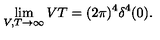
\lim _ { V , T \to \infty } V T = ( 2 \pi ) ^ { 4 } \delta ^ { 4 } ( 0 ) .